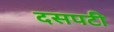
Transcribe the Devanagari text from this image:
दसपटी